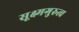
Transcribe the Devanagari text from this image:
सूक्ष्मगुरुत्व